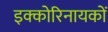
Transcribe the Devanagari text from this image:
इक्कोरिनायकों